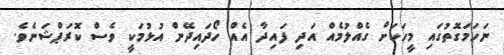
ނަހަމަގޮތުގައި މީހަކަށް ގެއްލުމެއް އަދި ފައިދާ އެއް ހޯދައިދޭން އުޅުމަކީ ވެސް ކޮރަޕްޝަނެވެ.